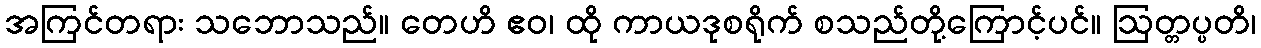
အကြင်တရား သဘောသည်။ တေဟိ ဧဝ၊ ထို ကာယဒုစရိုက် စသည်တို့ကြောင့်ပင်။ ဩတ္တပ္ပတိ၊